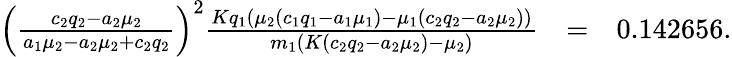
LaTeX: \begin{array}{rlr}{\left(\frac{c_{2}q_{2}-a_{2}\mu_{2}}{a_{1}\mu_{2}-a_{2}\mu_{2}+c_{2}q_{2}}\right)^{2}\frac{Kq_{1}(\mu_{2}(c_{1}q_{1}-a_{1}\mu_{1})-\mu_{1}(c_{2}q_{2}-a_{2}\mu_{2}))}{m_{1}(K(c_{2}q_{2}-a_{2}\mu_{2})-\mu_{2})}}&{=}&{0.142656.}\end{array}